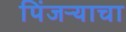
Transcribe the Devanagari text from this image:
पिंजऱ्याचा